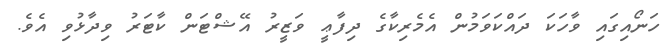
ހަނޯއިގައި ވާހަކަ ދައްކަވަމުން އެމެރިކާގެ ދިފާޢީ ވަޒީރު އޭޝްޓަން ކާޓަރު ވިދާޅުވި އެވެ.